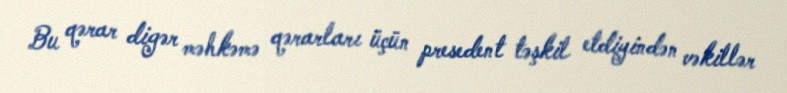
Bu qərar digər məhkəmə qərarları üçün presedent təşkil etdiyindən vəkillər